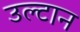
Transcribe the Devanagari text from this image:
उल्टान